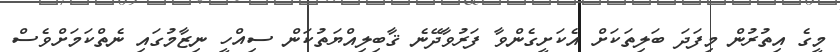
މީގެ އިތުރުން މިފަދަ ބަލިތަކަށް އެކަށީގެންވާ ފަރުވާދޭނެ ޤާބިލިއްޔަތުކަން ސިއްހީ ނިޒާމުގައި ނެތްކަމަށްވެސް